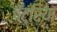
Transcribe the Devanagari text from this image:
पॅट्रिया